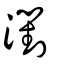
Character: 濧